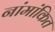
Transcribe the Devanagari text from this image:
नांमांकित